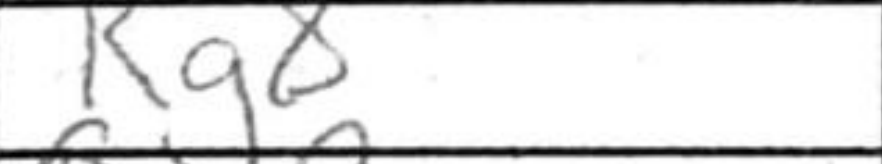
Transcription: Rg8